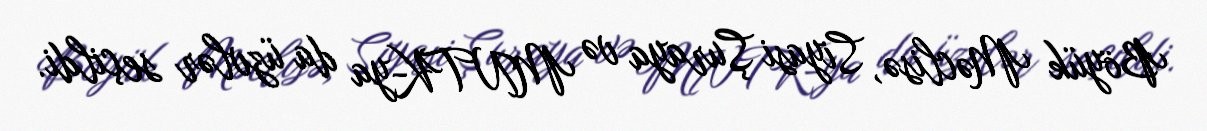
Böyük Məclisə, Siyasi Şuraya və MNTK-ya da üzvlər seçildi.